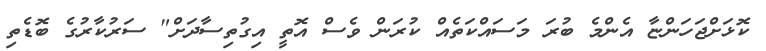
ކޮޅަށްޖަހަންޏާ އެންމެ ބުރަ މަސައްކަތެއް ކުރަން ވެސް އޮތީ އިގުތިސާދަށް" ސަރުކާރުގެ ބޮޑެތި